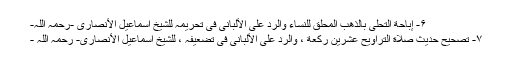
۶- إباحة التحلّی بالذھب المحلق للنساء والردّ علی الألبانی فی تحریمہ للشیخ اسماعیل الأنصاری -رحمہ اللّٰہ-
۷- تصحیح حدیث صلاة التراویح عشرین رکعة ، والرد علی الألبانی فی تضعیفہ ، للشیخ اسماعیل الأنصاری- رحمہ اللّٰہ -